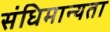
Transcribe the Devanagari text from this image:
संधिमान्यता